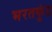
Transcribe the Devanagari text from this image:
भरतकुंड